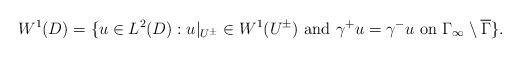
LaTeX: \begin{align*}W^1(D) = \{u\in L^2(D): u|_{U^\pm}\in W^1(U^\pm) \textrm{ and } \gamma^+u=\gamma^-u \textrm{ on } \Gamma_\infty\setminus \overline{\Gamma}\}.\end{align*}